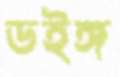
ডইঙ্গ